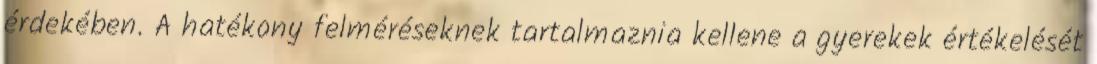
érdekében. A hatékony felméréseknek tartalmaznia kellene a gyerekek értékelését